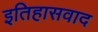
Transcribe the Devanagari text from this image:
इतिहासवाद